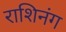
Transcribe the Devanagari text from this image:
राशिनंग